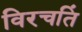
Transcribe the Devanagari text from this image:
विरचतिं